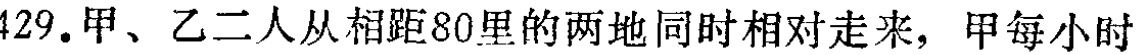
429.甲、乙二人从相距80里的两地同时相对走来，甲每小时